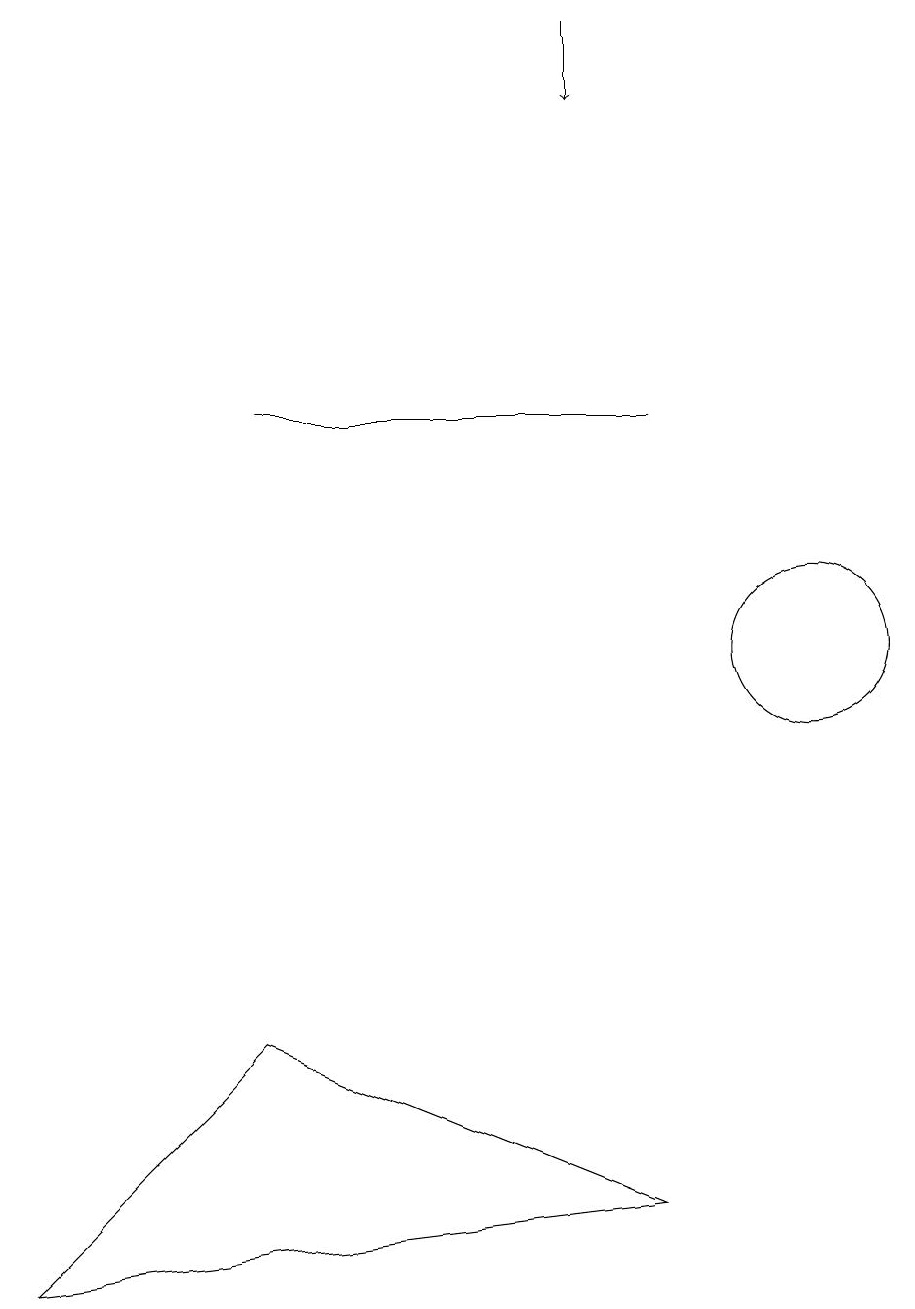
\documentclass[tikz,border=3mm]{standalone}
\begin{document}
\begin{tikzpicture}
\draw (9,14) rectangle (4,14);
\draw[->] (8,19) -- (8,18);
\draw (11,11) circle (1);
\draw (4,6) -- (9,4) -- (1,3) -- cycle;
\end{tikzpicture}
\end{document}